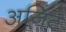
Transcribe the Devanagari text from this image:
अजिट